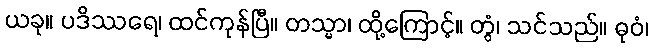
ယခု။ ပဒိဿရေ၊ ထင်ကုန်ပြီ။ တသ္မာ၊ ထို့ကြောင့်။ တွံ၊ သင်သည်။ ဓုဝံ၊